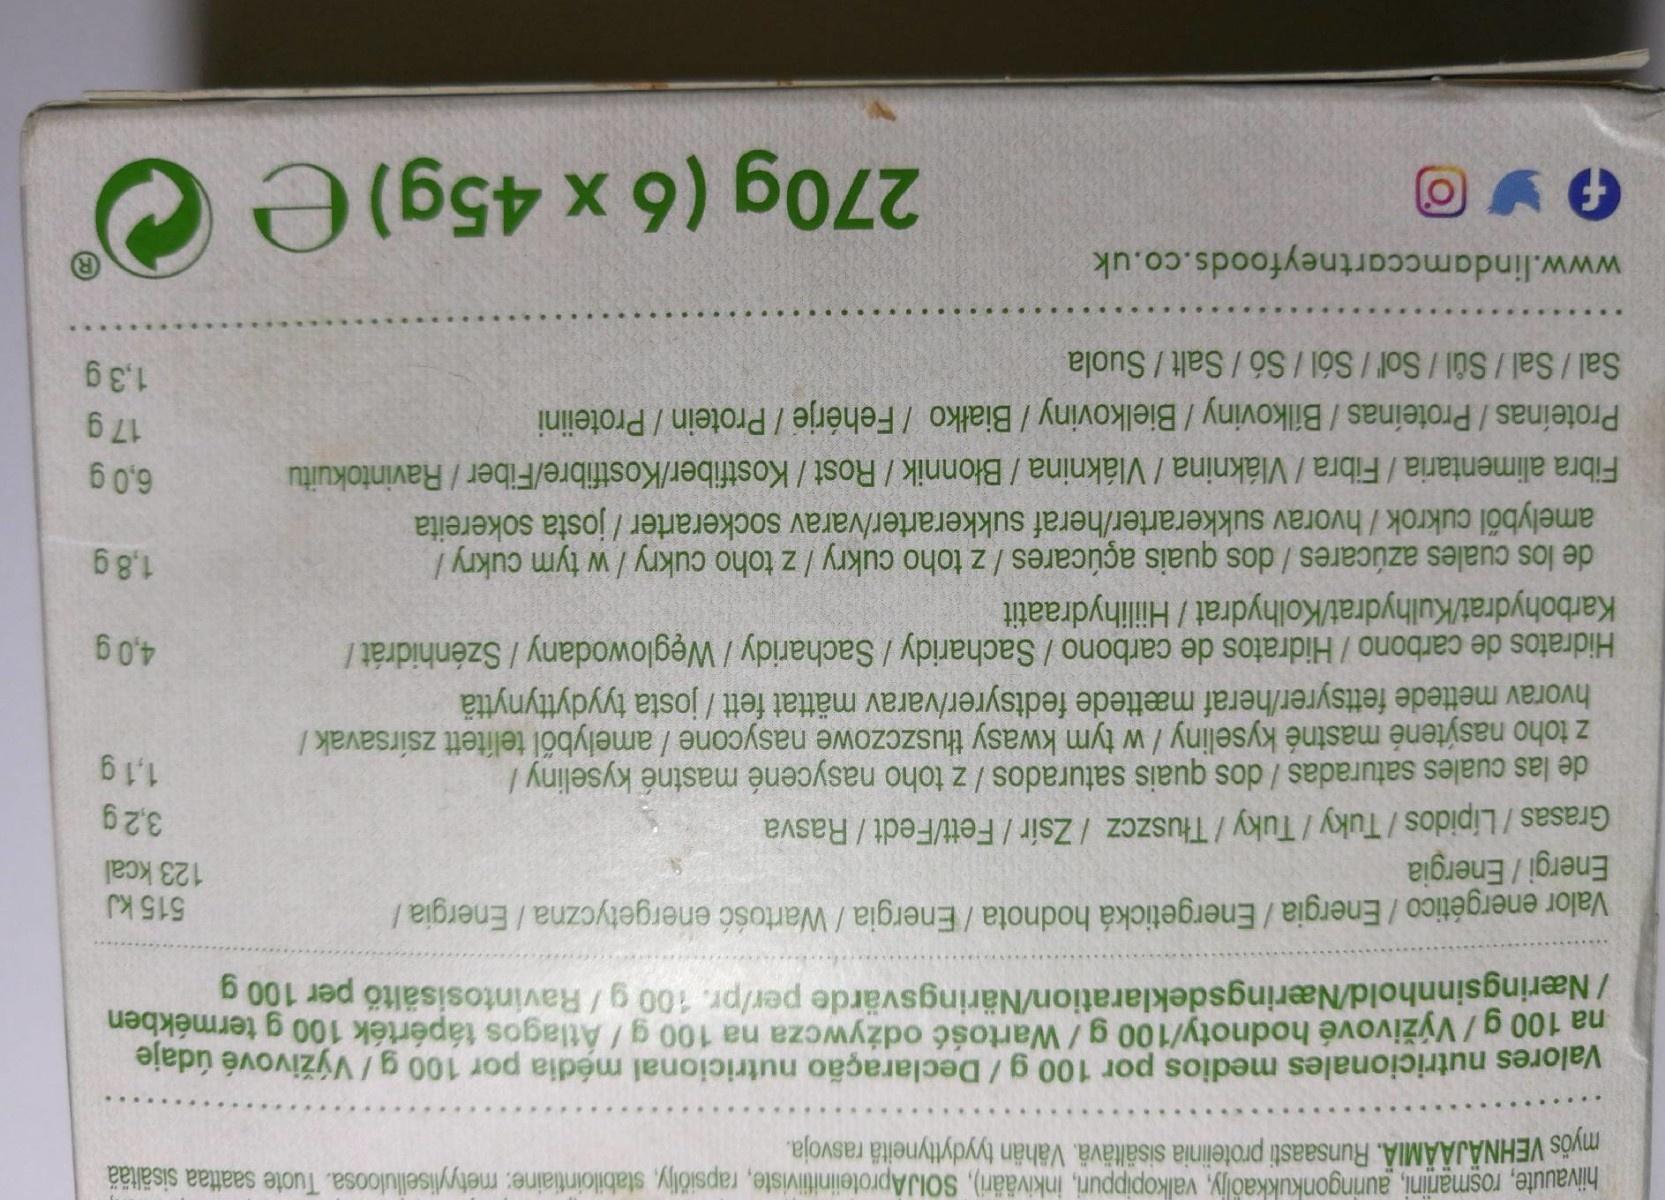
myös VEHNÄJÄÄMIÄ. Runsaasti proteinia sisältävä. Vähän tyydyttyneitä rasvoja.
hiivauute, rosmariini, auringonkukkaöljy, valkopippuri, inkivääri), SOIJÁproteinitiiviste, rapsiöly, stabilointiaine: métyliselluloosa. Tuote saattaa sisältää
na 100 g/Výživové hodnoty/100 g/Wartość odżywcza na 100 g/Atlagos tápérték 100 g termékben / Næringsinnhold/Næringsdeklaration/Näringsvärde per/pr. 100 g/Ravintosisältő per 100 a
Valores nutricionales medios por 100 g/Declaração nutricional média por 100 g/Výživové údaje
Valor energético / Energia / Energetická hodnota / Energia / Wartość energetyczna/Energia / Energi / Energia Grasas / Lípidos / Tuky /Tuky/Tłuszcz / Zsír / Fett/Fedt /Rasva de las cuales saturadas / dos quais saturados /z toho nasycené mastné kyseliny / z toho nasýtené mastné kyseliny / w tym kwasy tłuszczowe nasycone / amelyből telített zsírsavak / hvorav mettede fettsyrer/heraf mættede fedtsyrer/varav mättat fett / josta tyydyttynyttä Hidratos de carbono / Hidratos de carbono / Sacharidy/Sacharidy / Węglowodany / Szénhidrát / Karbohydrat/Kulhydrat/Kolhydrat / Hiilihydraatit de los cuales azúcares / dos quais açúcares /z toho cukry / z toho cukry/w tym cukry / amelyből cukrok / hvorav sukkerarter/heraf sukkerarter/varav sockerarter / josta sokereita Fibra alimentaria /Fibra / Vláknina / Vláknina / Błonnik / Rost / Kostfiber/Kostfibre/Fiber/Ravintokuitu Proteínas / Proteínas / Bílkoviny / Bielkoviny / Białko / Fehérje / Protein / Proteiini Sal /Sal /Sůl / Sol/Sól /Só / Salt / Suola
515 kJ 123 kcal
3,2 g
1,1 g
4,0g
1,8g
6 0'9
1,3 g
www.lindamccartneyfoods.co.uk
270g (6 x 45g) e